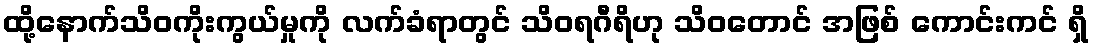
ထို့နောက်သိဝကိုးကွယ်မှုကို လက်ခံရာတွင် သိဝရဂီရိဟု သိဝတောင် အဖြစ် ကောင်းကင် ရှိ